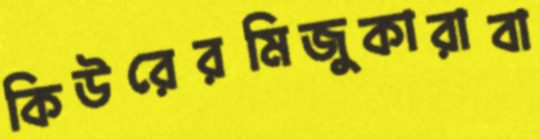
কিউরেরমিজুকারাবা